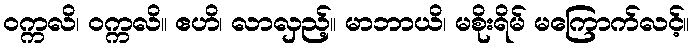
ဝက္ကလိ၊ ဝက္ကလိ။ ဧဟိ၊ လာလှည့်။ မာဘာယိ၊ မစိုးရိမ် မကြောက်လင့်။